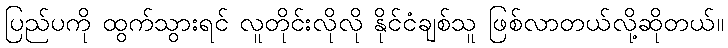
ပြည်ပကို ထွက်သွားရင် လူတိုင်းလိုလို နိုင်ငံချစ်သူ ဖြစ်လာတယ်လို့ဆိုတယ်။